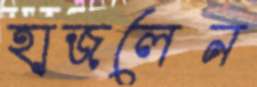
হাজলেন